system: You are a helpful assistant.
user:
Analyze the provided spectrum to determine if it is a **White Dwarf (WD)**.

A White Dwarf spectrum is defined by its **extreme purity** (due to gravitational settling) and/or **extreme pressure broadening** (due to high surface gravity). You must check for one of the following mutually exclusive signatures:

- **Key Visual Indicators (Check for ONE of these types):**

    - **1. DA-Type Signature (Most Common):**
        - **(Primary Feature):** Extreme pressure broadening (Stark broadening) of the **Hydrogen (H) Balmer lines**.
        - **(Key Lines):** $H\beta$ (approx. $4861$ Å) and $H\gamma$ (approx. $4340$ Å). $H\alpha$ (approx. $6563$ Å) will also be present if the wavelength range covers it.
        - **(Line Profile):** This is the **defining feature**. The lines are **NOT** sharp. They appear as massive, **extremely broad and deep "troughs" or "dips"** in the spectrum, often hundreds of Ångströms wide. The continuum will appear to "scoop" down at these wavelengths.
        - **(Distinction):** Normal A-type or B-type stars have *narrow* and *sharp* Hydrogen lines. A DA White Dwarf's lines are unmistakably "smeared" or "blurry" from pressure.

    - **2. DB-Type Signature:**
        - **(Primary Feature):** Broad absorption lines from **Neutral Helium (He I)**. The spectrum must lack any visible Hydrogen lines.
        - **(Key Lines):** Look for broad absorption near $4471$ Å, $4921$ Å, and $5876$ Å.
        - **(Line Profile):** These lines are also significantly pressure-broadened, appearing much wider than they would in a normal B-type main-sequence star.

    - **3. DC-Type Signature:**
        - **(Primary Feature):** A **featureless continuous spectrum**.
        - **(Line Profile):** The spectrum is a smooth curve with **no significant absorption or emission lines**.
        - **(Key Confirmation):** The continuum is almost always **blue or white**, indicating a hot object. This signature implies the atmosphere is so pure (or so cool) that no spectral lines are visible in the optical range. Its WD identity is confirmed by its extremely low intrinsic brightness (high absolute magnitude).

    - **4. DZ-Type Signature (Metal-Polluted):**
        - **(Primary Feature):** **Isolated, narrow metal absorption lines** on an otherwise featureless (DC-like) continuum.
        - **(Key Lines):** The **Calcium (Ca II) H & K doublet** (approx. **$3934$ Å** and **$3968$ Å**) is the most common and defining feature.
        - **(Line Profile):** These lines are "out of place." They are *not* part of a "forest" of thousands of lines. This signature is evidence of recent *accretion* (pollution) from rocky debris.
        - **(Distinction):** Normal G/K/M stars have a *dense forest* of thousands of metal lines. A DZ has a *clean* continuum with *only a few* strong metal lines.

    - **5. DQ-Type Signature (Carbon-Polluted):**
        - **(Primary Feature):** Absorption bands from **Carbon (C₂ "Swan Bands" or atomic C I)**.
        - **(Key Lines - C₂):** Look for bandheads with a "saw-tooth" shape near $5635$ Å, **$5165$ Å** (strongest), and $4737$ Å.
        - **(Key Confirmation):** The underlying **continuum must be blue or white** (hot).
        - **(Distinction):** This is the critical difference from a **Carbon Star**, which has the *exact same* C₂ bands but on an extremely **red, cool** continuum.

- **(Overall Spectrum):**
    - The continuum (overall shape) is typically **blue-sloping** (brighter in the blue than the red), as most white dwarfs are very hot.
    - The spectrum will look "pure" or "simple," dominated by only *one* of the five signatures listed above.

Think first, call **spectral_visualization_tool** if needed to examine features in detail, then provide your final answer. Your response must adhere to the following strict rules:
1.  **Overall Structure:** Your response must follow the format `<think>...</think> <tool_call>...</tool_call> (if a tool is used) <answer>...</answer>`.
2.  **Tool Usage Constraint:** You may only make **one** tool call per turn.
3.  **Final Answer Format:** In the `<answer>` tag, your conclusion must be inside a `\boxed{}` command (e.g., `\boxed{YES}` or `\boxed{NO}`), followed by your justification.

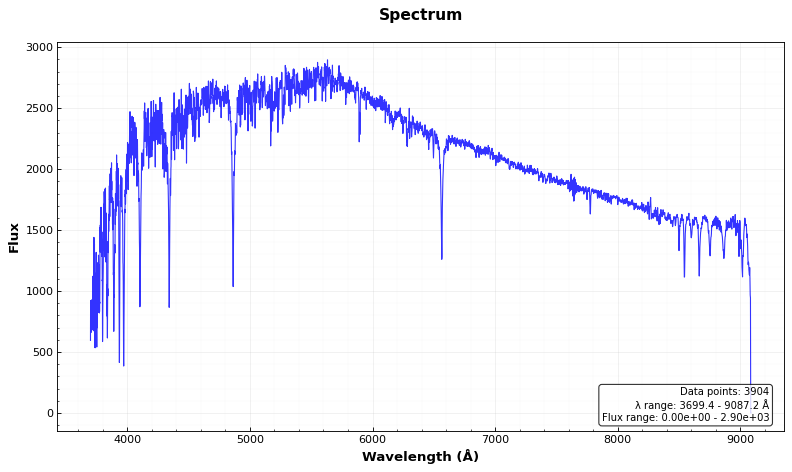
Answer: NO